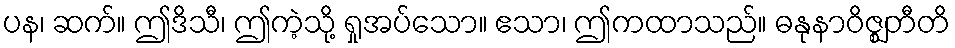
ပန၊ ဆက်။ ဤဒိသီ၊ ဤကဲ့သို့ ရှုအပ်သော။ ဧသာ၊ ဤကထာသည်။ ဓနုနာဝိဇ္ဈတီတိ